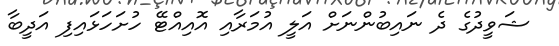
ޝަވީދުގެ ދެ ނައިބުންނަށް އަލީ އުމަރާއި އޮއިއްޓޭ ހުށަހަޅައިފި އަދީބާ